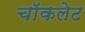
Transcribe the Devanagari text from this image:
चाॅकलेट